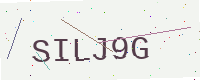
Text: SILJ9G